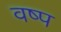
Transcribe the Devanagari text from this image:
वष्प